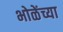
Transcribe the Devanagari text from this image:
भोळेंच्या